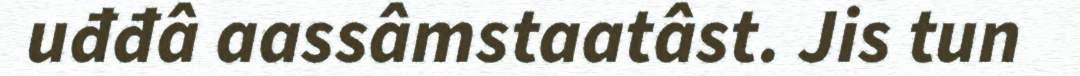
uđđâ aassâmstaatâst. Jis tun